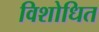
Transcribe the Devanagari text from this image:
विशोधित